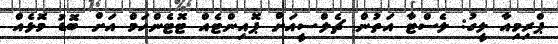
ޕްރިމިއާ ލީގު: ލެސްޓާ އަތުން ޗެލްސީއަށް ޕޮއިންޓެއް ޓޮޓެންހަމް އަށް ބޮޑު މޮޅެއް